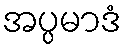
အပ္ပမာဒံ